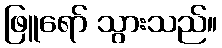
ဖြူရော် သွားသည်။